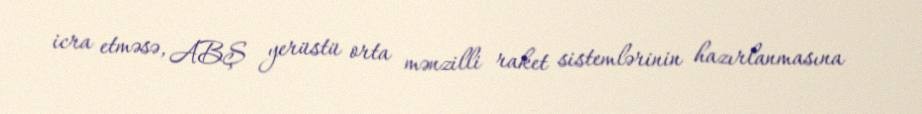
icra etməsə, ABŞ yerüstü orta mənzilli raket sistemlərinin hazırlanmasına